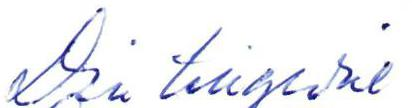
Din tillgivne